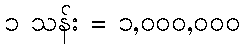
၁ သန်း = ၁,၀၀၀,၀၀၀